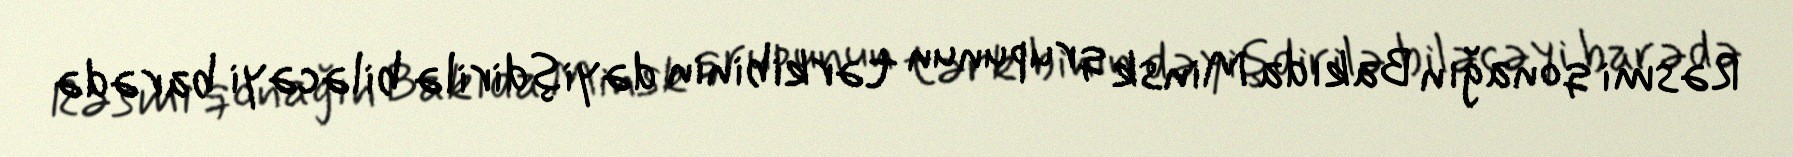
Rəsmi qonağın Bakıda Minsk qrupunun tərkibinin dəyişdirilə biləcəyi barədə